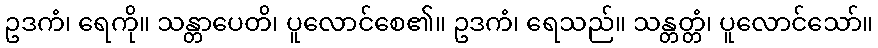
ဥဒကံ၊ ရေကို။ သန္တာပေတိ၊ ပူလောင်စေ၏။ ဥဒကံ၊ ရေသည်။ သန္တတ္တံ၊ ပူလောင်သော်။